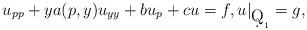
LaTeX: \begin{align*}u_{pp}+ya(p,y)u_{yy}+bu_p+cu=f, u|_{\d Q_1} = g,\end{align*}